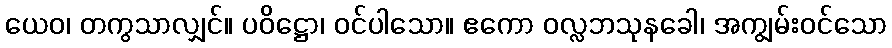
ယေဝ၊ တကွသာလျှင်။ ပဝိဋ္ဌော၊ ဝင်ပါသော။ ဧကော ဝလ္လဘသုနခေါ၊ အကျွမ်းဝင်သော